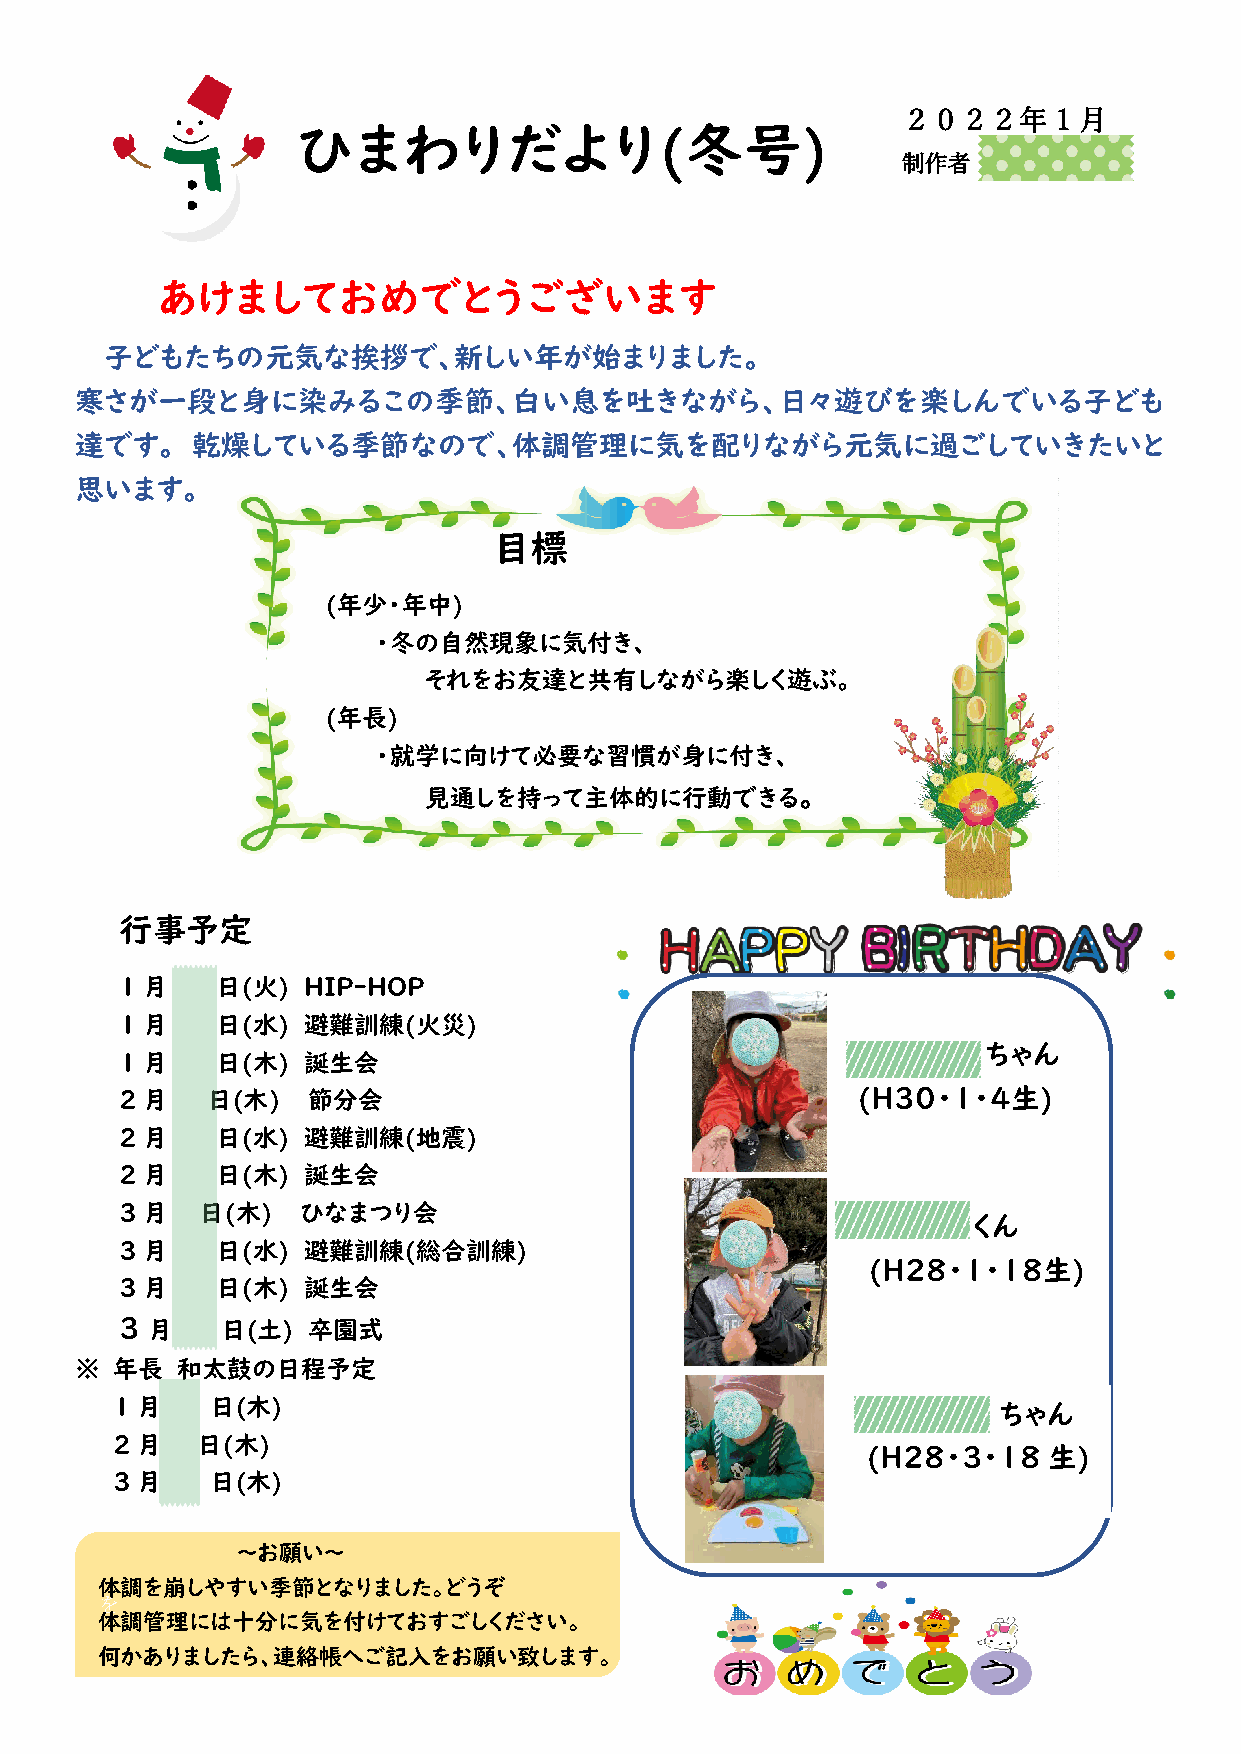
２０２２年     1 月
 ひまわりだより(冬号)
 制作者   江幡  こずえ
 あけましておめでとうございます
 子どもたちの元気な挨拶で、新しい年が始まりました。
 寒さが一段と身に染みるこの季節、白い息を吐きながら、日々遊びを楽しんでいる子ども
 達です。    乾燥している季節なので、体調管理に気を配りながら元気に過ごしていきたいと
 思います。
 目標
 (年少・年中)
 ・冬の自然現象に気付き、
 それをお友達と共有しながら楽しく遊ぶ。
 (年長)
 ・就学に向けて必要な習慣が身に付き、
 見通しを持って主体的に行動できる。
 行事予定
 1 月18 日(火)  HIP-HOP
 1 月19 日(水)  避難訓練(火災)
 佐野   はるちゃん
 1 月27 日(木)  誕生会
 2 月 3 日(木)  節分会                                  (H３０・１・４生)
 2 月16 日(水)  避難訓練(地震)
 2 月24 日(木)  誕生会
 3 月3 日(木)   ひなまつり会
 塙  海織くん
 3 月16 日(水)  避難訓練(総合訓練)
 (H28・１・１８生)
 3 月24 日(木)  誕生会
 3 月26  日(土) 卒園式
 ※ 年長   和太鼓の日程予定
 1 月20  日(木)                                       中村   花音ちゃん
 2 月２４日(木)
 (H28・3・18   生)
 3 月17  日(木)
 ～お願い～
 体調を崩しやすい季節となりました。どうぞ
 を
 体調管理には十分に気を付けておすごしください。
 何かありましたら、連絡帳へご記入をお願い致します。